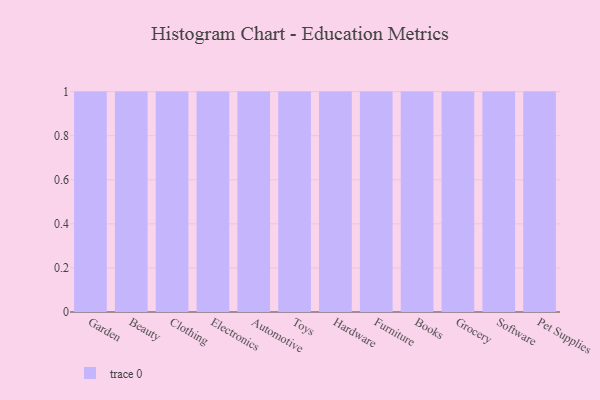
{"axis": {"x": "Category", "y": "Website Visitors"}, "legend": [""], "data": [{"x": "Garden", "y": 53, "type": ""}, {"x": "Beauty", "y": 48, "type": ""}, {"x": "Clothing", "y": 61, "type": ""}, {"x": "Electronics", "y": 40, "type": ""}, {"x": "Automotive", "y": 70, "type": ""}, {"x": "Toys", "y": 64, "type": ""}, {"x": "Hardware", "y": 81, "type": ""}, {"x": "Furniture", "y": 50, "type": ""}, {"x": "Books", "y": 85, "type": ""}, {"x": "Grocery", "y": 99, "type": ""}, {"x": "Software", "y": 3, "type": ""}, {"x": "Pet Supplies", "y": 72, "type": ""}]}